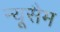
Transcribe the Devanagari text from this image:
न्यूसैम